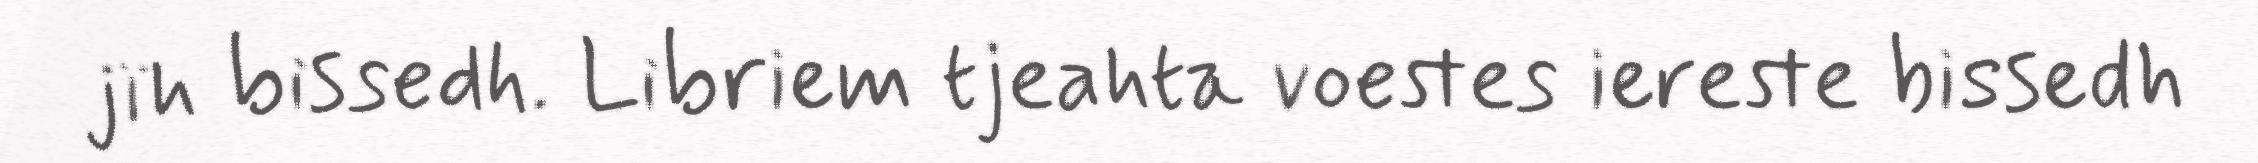
jïh bissedh. Libriem tjeahta voestes iereste bissedh